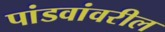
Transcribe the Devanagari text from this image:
पांडवांवरील